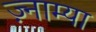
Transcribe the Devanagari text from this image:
ज़्नाम्या